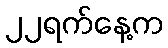
၂၂ရက်နေ့က